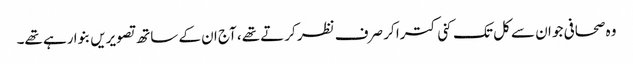
وہ صحافی جو ان سے کل تک کنی کترا کر صرف نظر کرتے تھے، آج ان کے ساتھ تصویریں بنوا رہے تھے۔